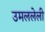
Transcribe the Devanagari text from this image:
उमललेली